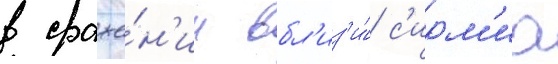
в сраже́н'ии вбл'из'и́ с'ирм'иа